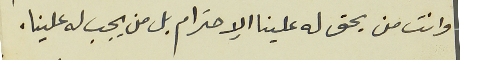
وانت من يحق له علينا الإحترام بل من يجب له علينا.